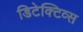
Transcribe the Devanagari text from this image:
डिटेक्टिव्स